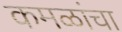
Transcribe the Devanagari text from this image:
कमळांचा